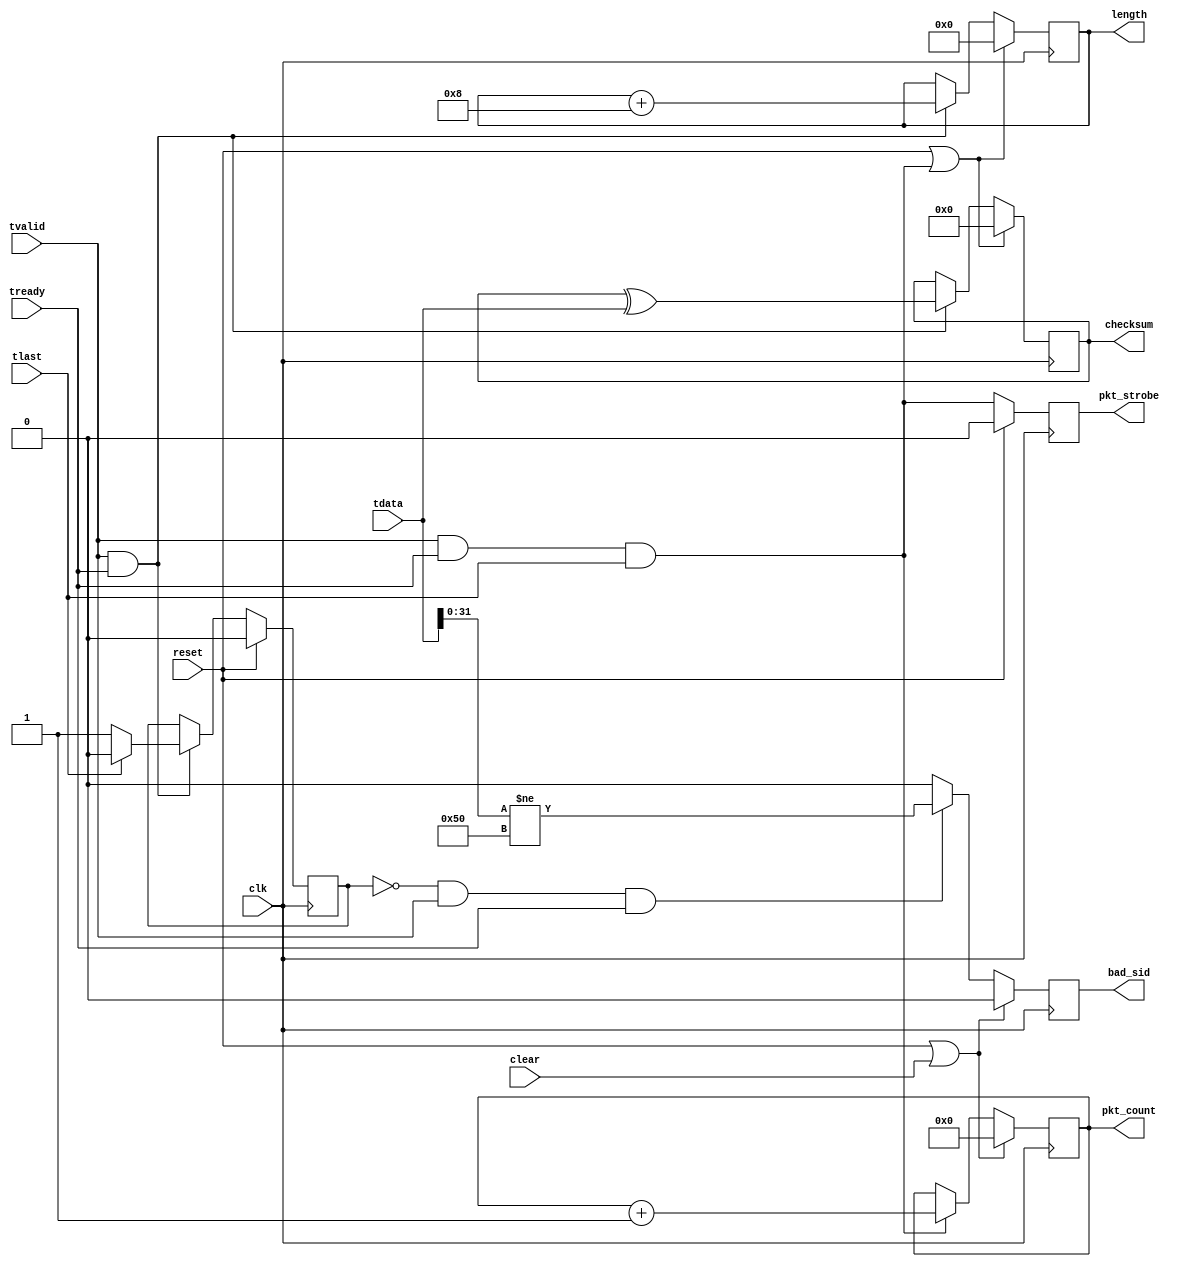
//
// Copyright 2014 Ettus Research LLC
//

module axis_packet_debug
  #(
    parameter EXPECTED_SID = 32'h0000_0050
    )
  (
   input          clk,
   input          reset,
   input          clear,

   //Packet In
   input [63:0]   tdata,
   input          tlast,
   input          tvalid,
   input          tready,

   //Per packet info
   output reg           pkt_strobe,
   output reg [15:0]    length,
   output reg [63:0]    checksum,
   output reg           bad_sid,
   //Statistics
   output reg [31:0]    pkt_count
);

   localparam ST_HEADER = 1'b0;
   localparam ST_DATA   = 1'b1;

   //Packet state logic
   reg   pkt_state;
   always @(posedge clk) begin
      if (reset) begin
         pkt_state <= ST_HEADER;
      end else if (tvalid & tready) begin
         pkt_state <= tlast ? ST_HEADER : ST_DATA;
      end
   end

   //Trigger logic
   always @(posedge clk)
      if (reset)
         pkt_strobe <= 1'b0;
      else
         pkt_strobe <= tvalid && tready && tlast;

   //Length capture
   always @(posedge clk)
      if (reset || (tvalid && tready && tlast))
         length <= 16'd0;
      else
         if (tvalid & tready)
            length <= length + 16'd8;

   //Checksum capture
   always @(posedge clk)
      if (reset || (tvalid && tready && tlast) )
         checksum <= 64'd0;
      else
         if (tvalid & tready)
            checksum <= checksum ^ tdata;

   //Counts
   always @(posedge clk)
      if (reset | clear) begin
         pkt_count <= 32'd0;
      end else begin
         if (tvalid && tready && tlast) begin
            pkt_count <= pkt_count + 32'd1;
         end
      end

   // Check for unexpected SID
   always @(posedge clk)
      if (reset | clear) begin
	 bad_sid <= 1'b0;
      end else if ((pkt_state == ST_HEADER) && tvalid && tready ) begin
	 bad_sid <= tdata[31:0] != EXPECTED_SID;
      end else begin
	 bad_sid <= 1'b0;
      end

endmodule // cvita_packet_debug